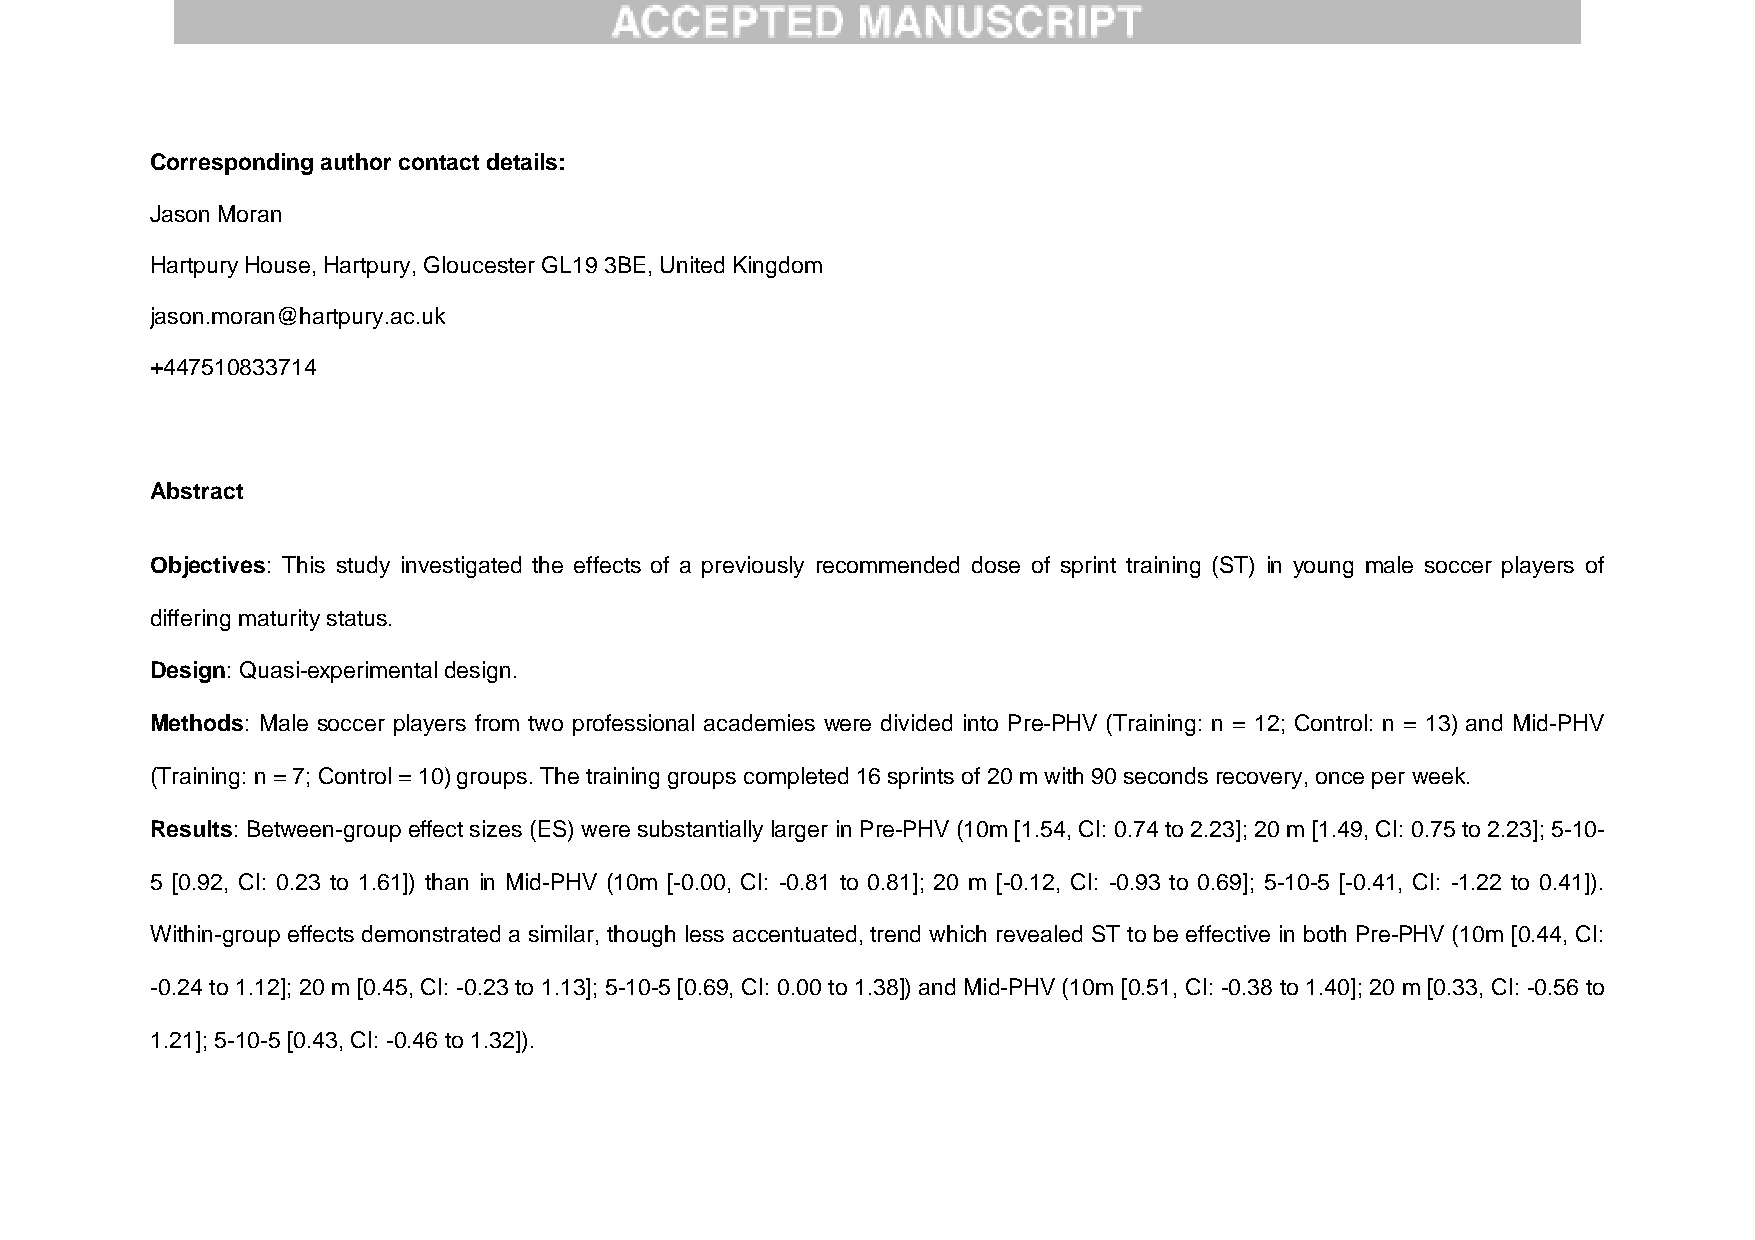
Corresponding author contact details:
 Jason Moran
 Hartpury House, Hartpury, Gloucester GL19 3BE, United Kingdom
 jason.moran@hartpury.ac.uk
 +447510833714
 Abstract
 Objectives: This study investigated the effects of a previously recommended dose of sprint training (ST) in young male soccer players of
 differing maturity status.
 Design: Quasi-experimental design.
 Methods: Male soccer players from two professional academies were divided into Pre-PHV (Training: n = 12; Control: n = 13) and Mid-PHV
 (Training: n = 7; Control = 10) groups. The training groups completed 16 sprints of 20 m with 90 seconds recovery, once per week.
 Results: Between-group effect sizes (ES) were substantially larger in Pre-PHV (10m [1.54, CI: 0.74 to 2.23]; 20 m [1.49, CI: 0.75 to 2.23]; 5-10-
 5 [0.92, CI: 0.23 to 1.61]) than in Mid-PHV (10m [-0.00, CI: -0.81 to 0.81]; 20 m [-0.12, CI: -0.93 to 0.69]; 5-10-5 [-0.41, CI: -1.22 to 0.41]).
 Within-group effects demonstrated a similar, though less accentuated, trend which revealed ST to be effective in both Pre-PHV (10m [0.44, CI:
 -0.24 to 1.12]; 20 m [0.45, CI: -0.23 to 1.13]; 5-10-5 [0.69, CI: 0.00 to 1.38]) and Mid-PHV (10m [0.51, CI: -0.38 to 1.40]; 20 m [0.33, CI: -0.56 to
 1.21]; 5-10-5 [0.43, CI: -0.46 to 1.32]).